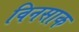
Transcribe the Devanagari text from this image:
विनसाक